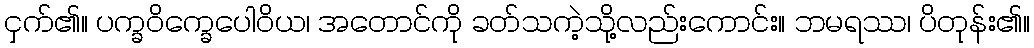
ငှက်၏။ ပက္ခဝိက္ခေပေါဝိယ၊ အတောင်ကို ခတ်သကဲ့သို့လည်းကောင်း။ ဘမရဿ၊ ပိတုန်း၏။